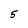
Character: 5